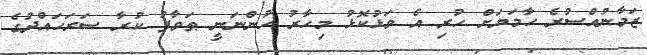
ޒަމާނުއްސުރެ ހާމަޔަށް ހުރި އެ ވަޅުކޮޅު މިހާރު ހުންނަނީ ޠަވާފު ކުރާ ސަރަހައްދުގެ